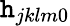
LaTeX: \mathtt{h}_{jklm0}